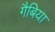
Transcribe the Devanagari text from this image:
गैबिया